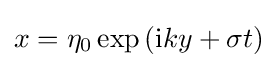
x=\eta _{0}\exp {\left(\mathrm {i} ky+\sigma t\right)}